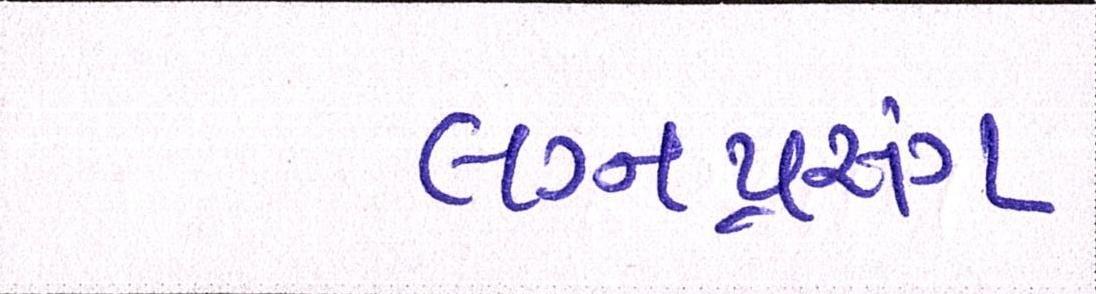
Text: લગ્નપ્રસંગ